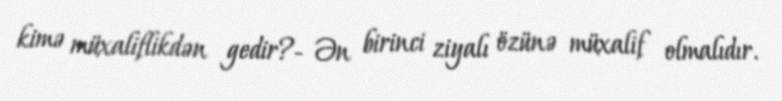
kimə müxaliflikdən gedir?- Ən birinci ziyalı özünə müxalif olmalıdır.